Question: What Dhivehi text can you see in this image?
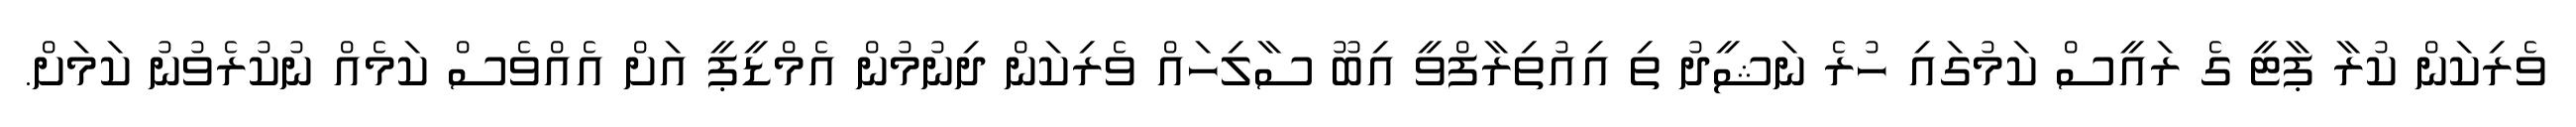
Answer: ވެރިކަން ކުރާ ޕާޓީ ގެ ރައީސް ކަމުގައި ހުރެ ނަޝީދު ތި އިއުތިރާފްވީ އިބޫ ސާލިހައް ވެރިކަން ދިނުމުން އެމްޑީޕީ އަށް އެއްވެސް ކަމެއް ނުކުރެވުނު ކަމަށް.